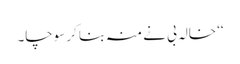
‘‘ خالہ بی نے منہ بنا کر سوچا۔